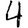
Digit: 4